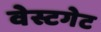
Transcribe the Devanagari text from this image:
वेस्टगेट